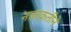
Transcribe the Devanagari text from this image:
नजाकतीने